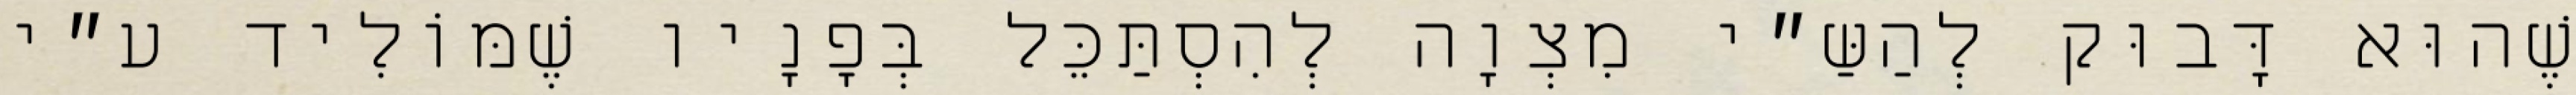
שֶׁהוּא דָּבוּק לְהַשַּ״י מִצְוָה לְהִסְתַּכֵּל בְּפָנָיו שֶׁמּוֹלִיד ע״י